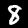
Label: 8